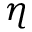
\eta